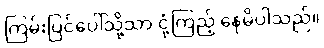
ကြမ်းပြင်ပေါ်သို့သာ ငုံ့ကြည့် နေမိပါသည်။